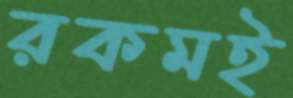
রকমই